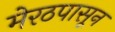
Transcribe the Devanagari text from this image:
मेरठपासून